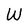
Character: W